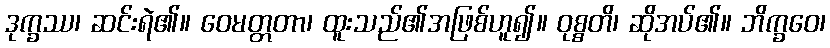
ဒုက္ခဿ၊ ဆင်းရဲ၏။ ဝေမတ္တတာ၊ ထူးသည်၏အဖြစ်ဟူ၍။ ဝုစ္စတိ၊ ဆိုအပ်၏။ ဘိက္ခဝေ၊